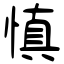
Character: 慎